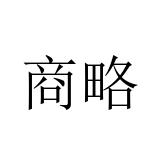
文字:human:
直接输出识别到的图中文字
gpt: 商略